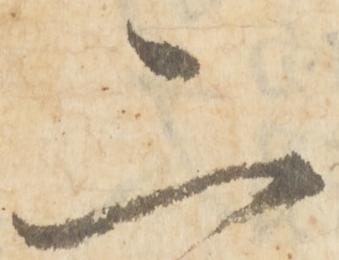
二